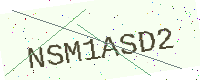
Text: NSM1ASD2